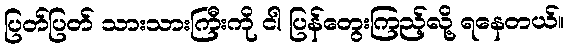
ပြတ်ပြတ် သားသားကြီးကို ငါ ပြန်တွေးကြည့်လို့ ရနေတယ်။